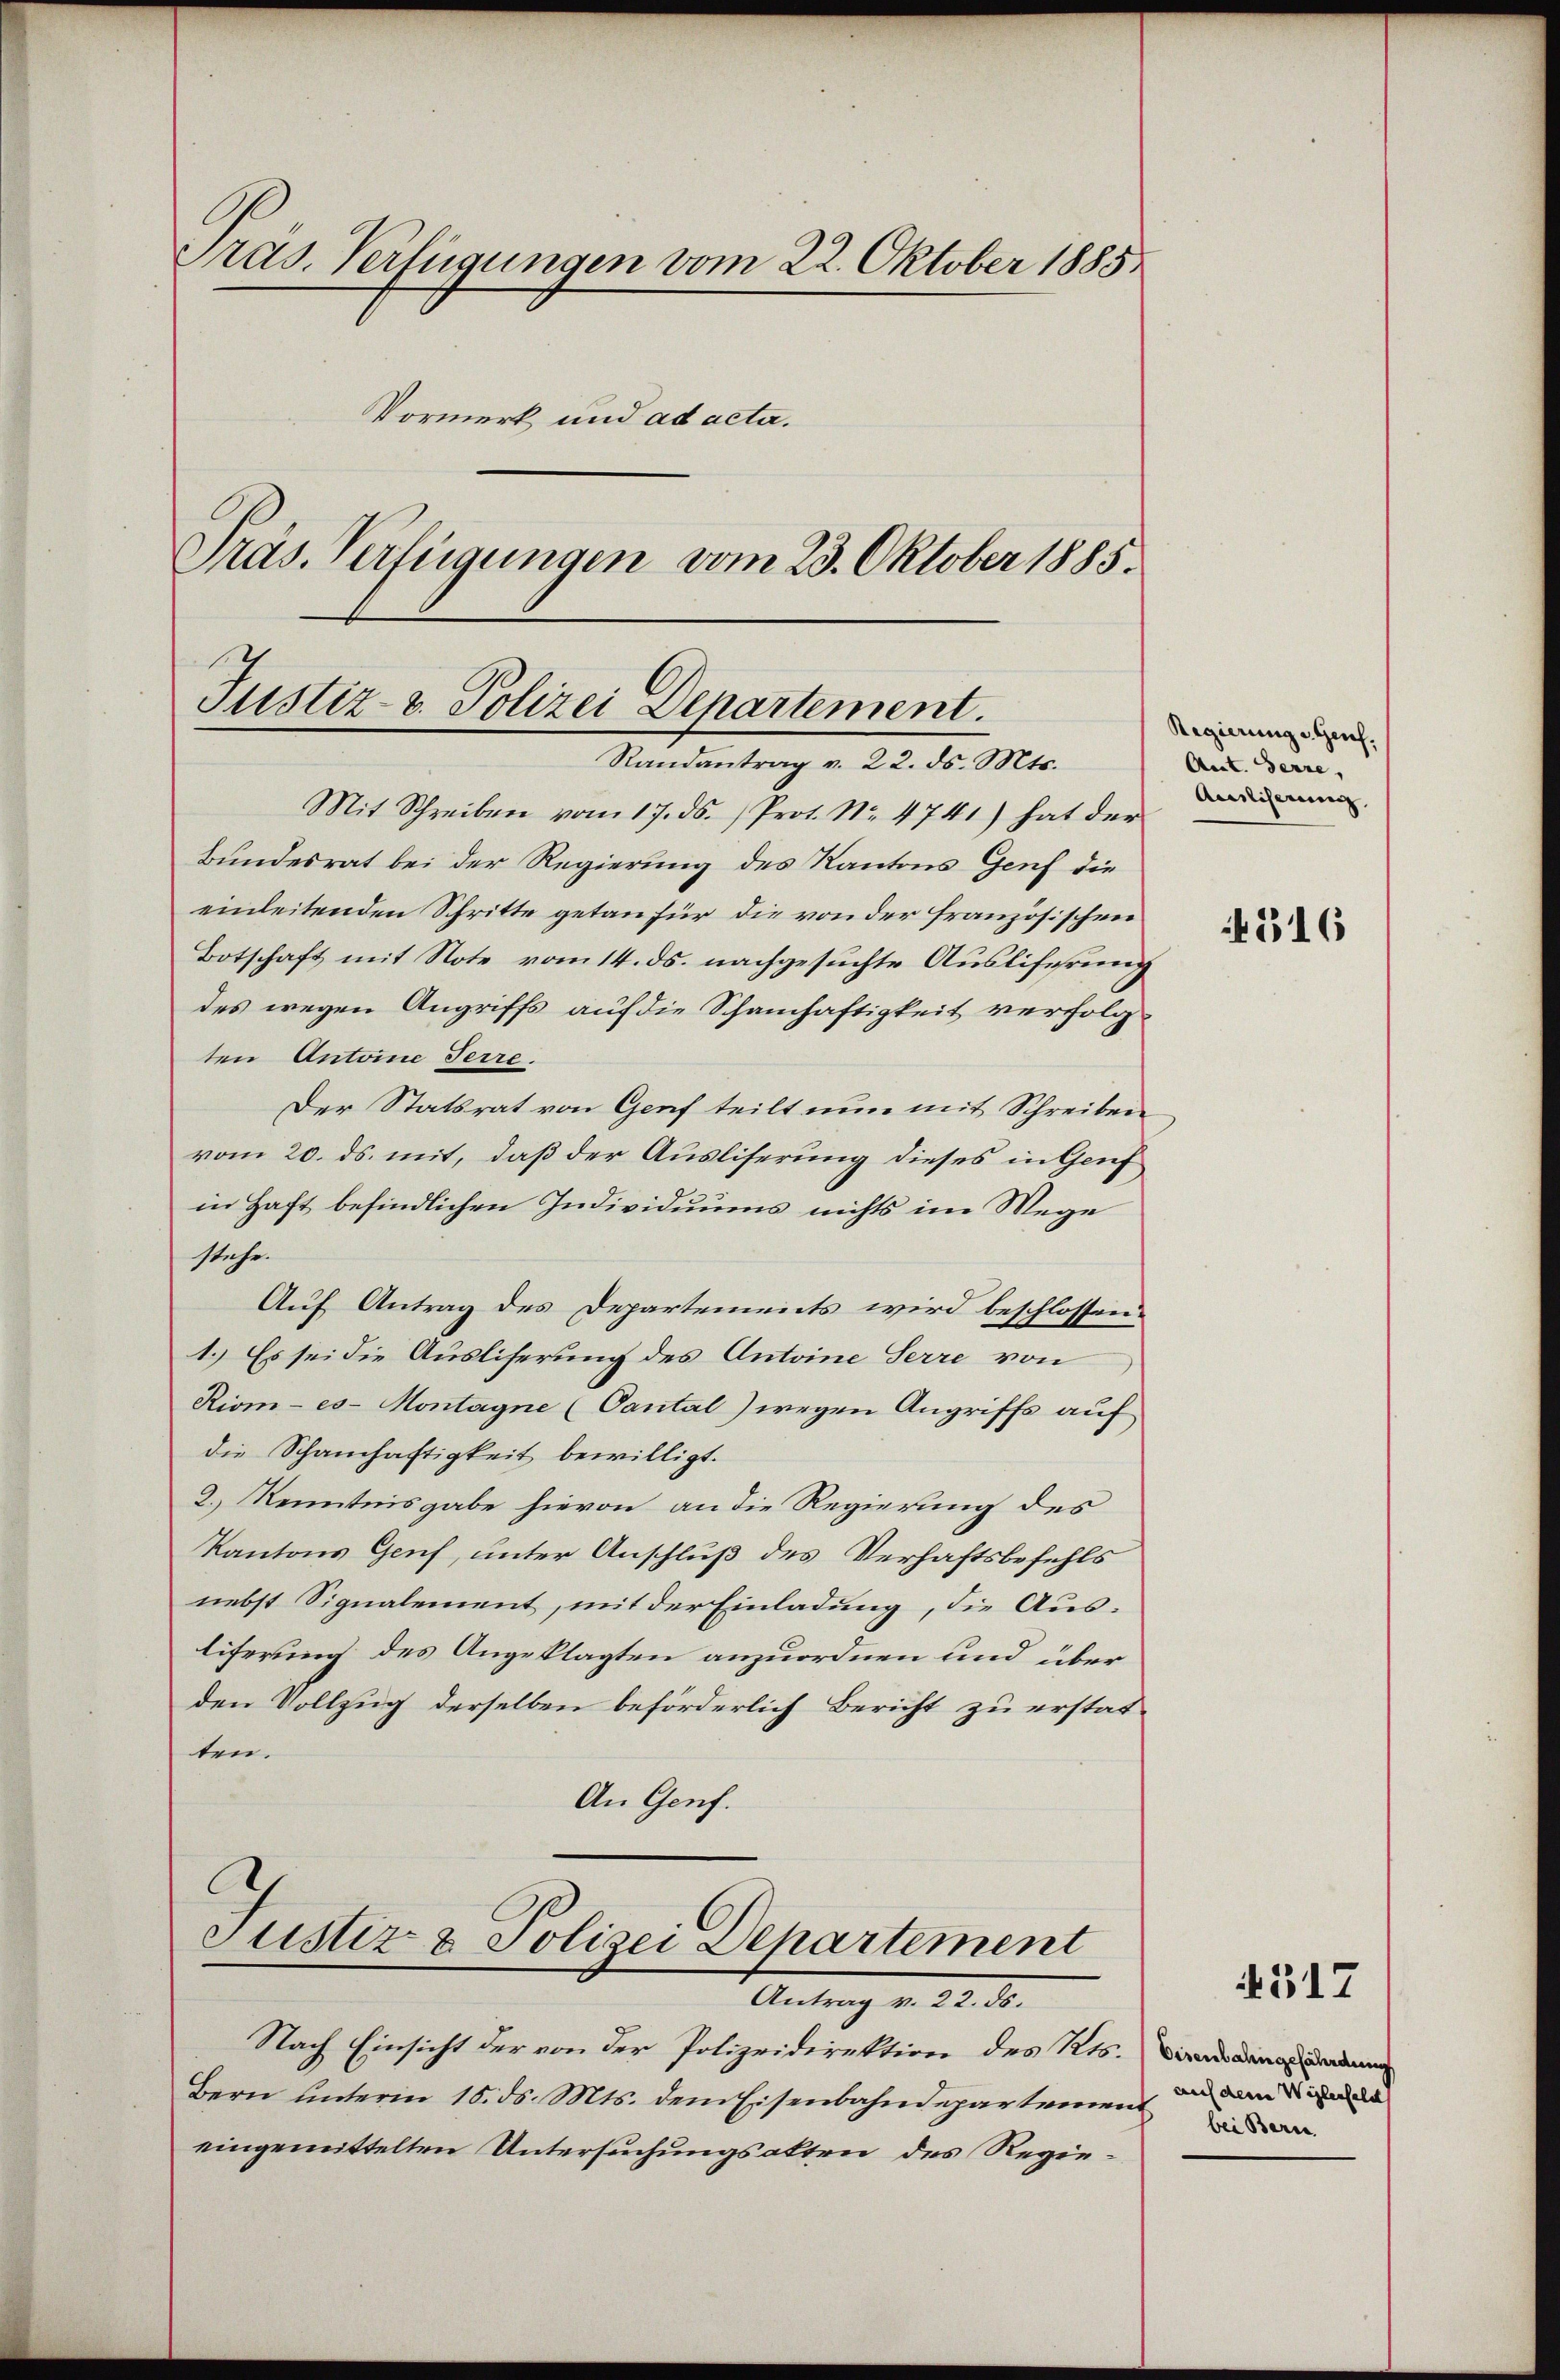
Präs. Verfügungen vom 22. Oktober 1885
Vormerk und ad acta.
Präs. Verfügungen vom 23. Oktober 1885.

Mit Schreiben vom 17. ds. Prot. No. 4741) hat der
Bundesrat bei der Regierung des Kantons Genf die
einleitenden Schritte getan für die von der französischen
Botschaft mit Note vom 14. ds. nachgesuchte Ausliferung
des wegen Angriffs auf die Schamhaftigkeit verfolgten Antoine Terre.
Der Statsrat von Genf teilt nun mit Schreiben
vom 20. ds. mit, daß der Ausliserung dieses in Genf
in Haft befindlichen Individuums nichts im Wege
stehe.
Auf Antrag des Departements wird beschlossen
1.) Es sei die Ausliserung des Antoine Serre von
Riom - es Montagne (Cantal) wegen Angriffs auf
die Schanhaftigkeit bewilligt.
2.) Kenntnisgabe hievon an die Regierung des
Kantons Genf, unter Anschluß des Verhaftsbefehls
nebst Signalement, mit der Einladung, die Ausliferung des Angeklagten anzuordnen und über
den Vollzug derselben beförderlich Bericht zu erstat-
ten.
An Genf.

f
Justiz- u. Polizei Departement.
Randantrag v. 22. ds. Mts.

Ih
Justiz & Polizei Departement
Antrag v. 22. ds.

Nach Einsicht der von der Polizeidirektion des Kts. Branden
Bern unterm 15. ds. Mts. dem Eisenbahndepartement
eingemittelten Untersuchungsakten des Regie¬

Regierung v. Genf.
Aect. Gerne,
Ausliserung

4316

317

auch denen Weglerfeld
bei Berne